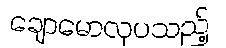
ချောမောလှပသည့်